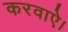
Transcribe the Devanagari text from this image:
करवाऐ।